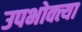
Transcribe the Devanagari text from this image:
उपभोक्त्या